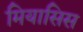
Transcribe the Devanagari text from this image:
मियासिस